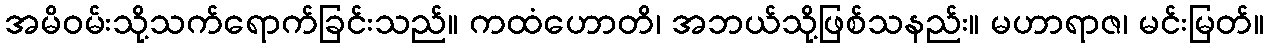
အမိဝမ်းသို့သက်ရောက်ခြင်းသည်။ ကထံဟောတိ၊ အဘယ်သို့ဖြစ်သနည်း။ မဟာရာဇ၊ မင်းမြတ်။